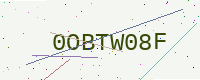
Text: 0OBTW08F